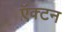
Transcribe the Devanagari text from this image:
ऍक्टन